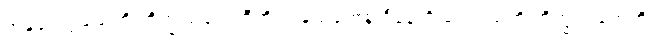
အဍ္ဎတေဠသေဟိ ဘိက္ခုသတေဟီတိ အဍ္ဎသတေန ဦနေဟိ တေရသဟိ ဘိက္ခုသတေဟိ။